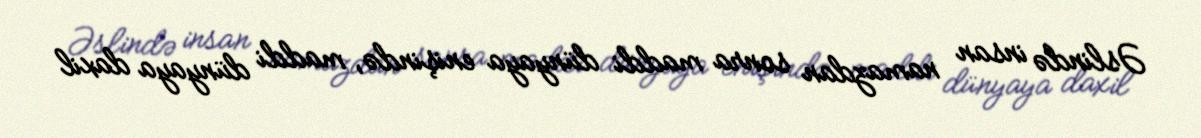
Əslində insan namazdan sonra maddi dünyaya enişində, maddi dünyaya daxil